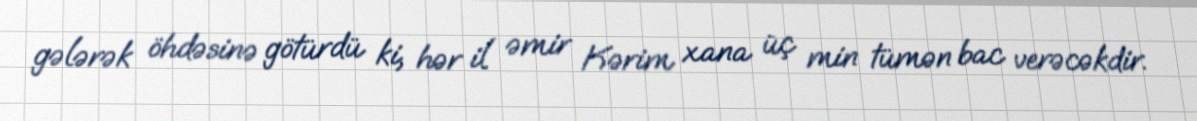
gələrək öhdəsinə götürdü ki, hər il əmir Kərim xana üç min tümən bac verəcəkdir.